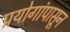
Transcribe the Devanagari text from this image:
प्रयोगांपासून